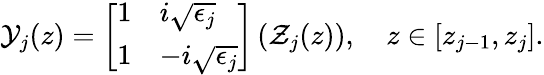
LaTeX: \begin{array}{r}{\mathcal{Y}_{j}(z)=\left[\begin{array}{ll}{1}&{i\sqrt{\epsilon_{j}}}\\ {1}&{-i\sqrt{\epsilon_{j}}}\end{array}\right]\left(\mathcal{Z}_{j}(z)\right),\quad z\in[z_{j-1},z_{j}].}\end{array}